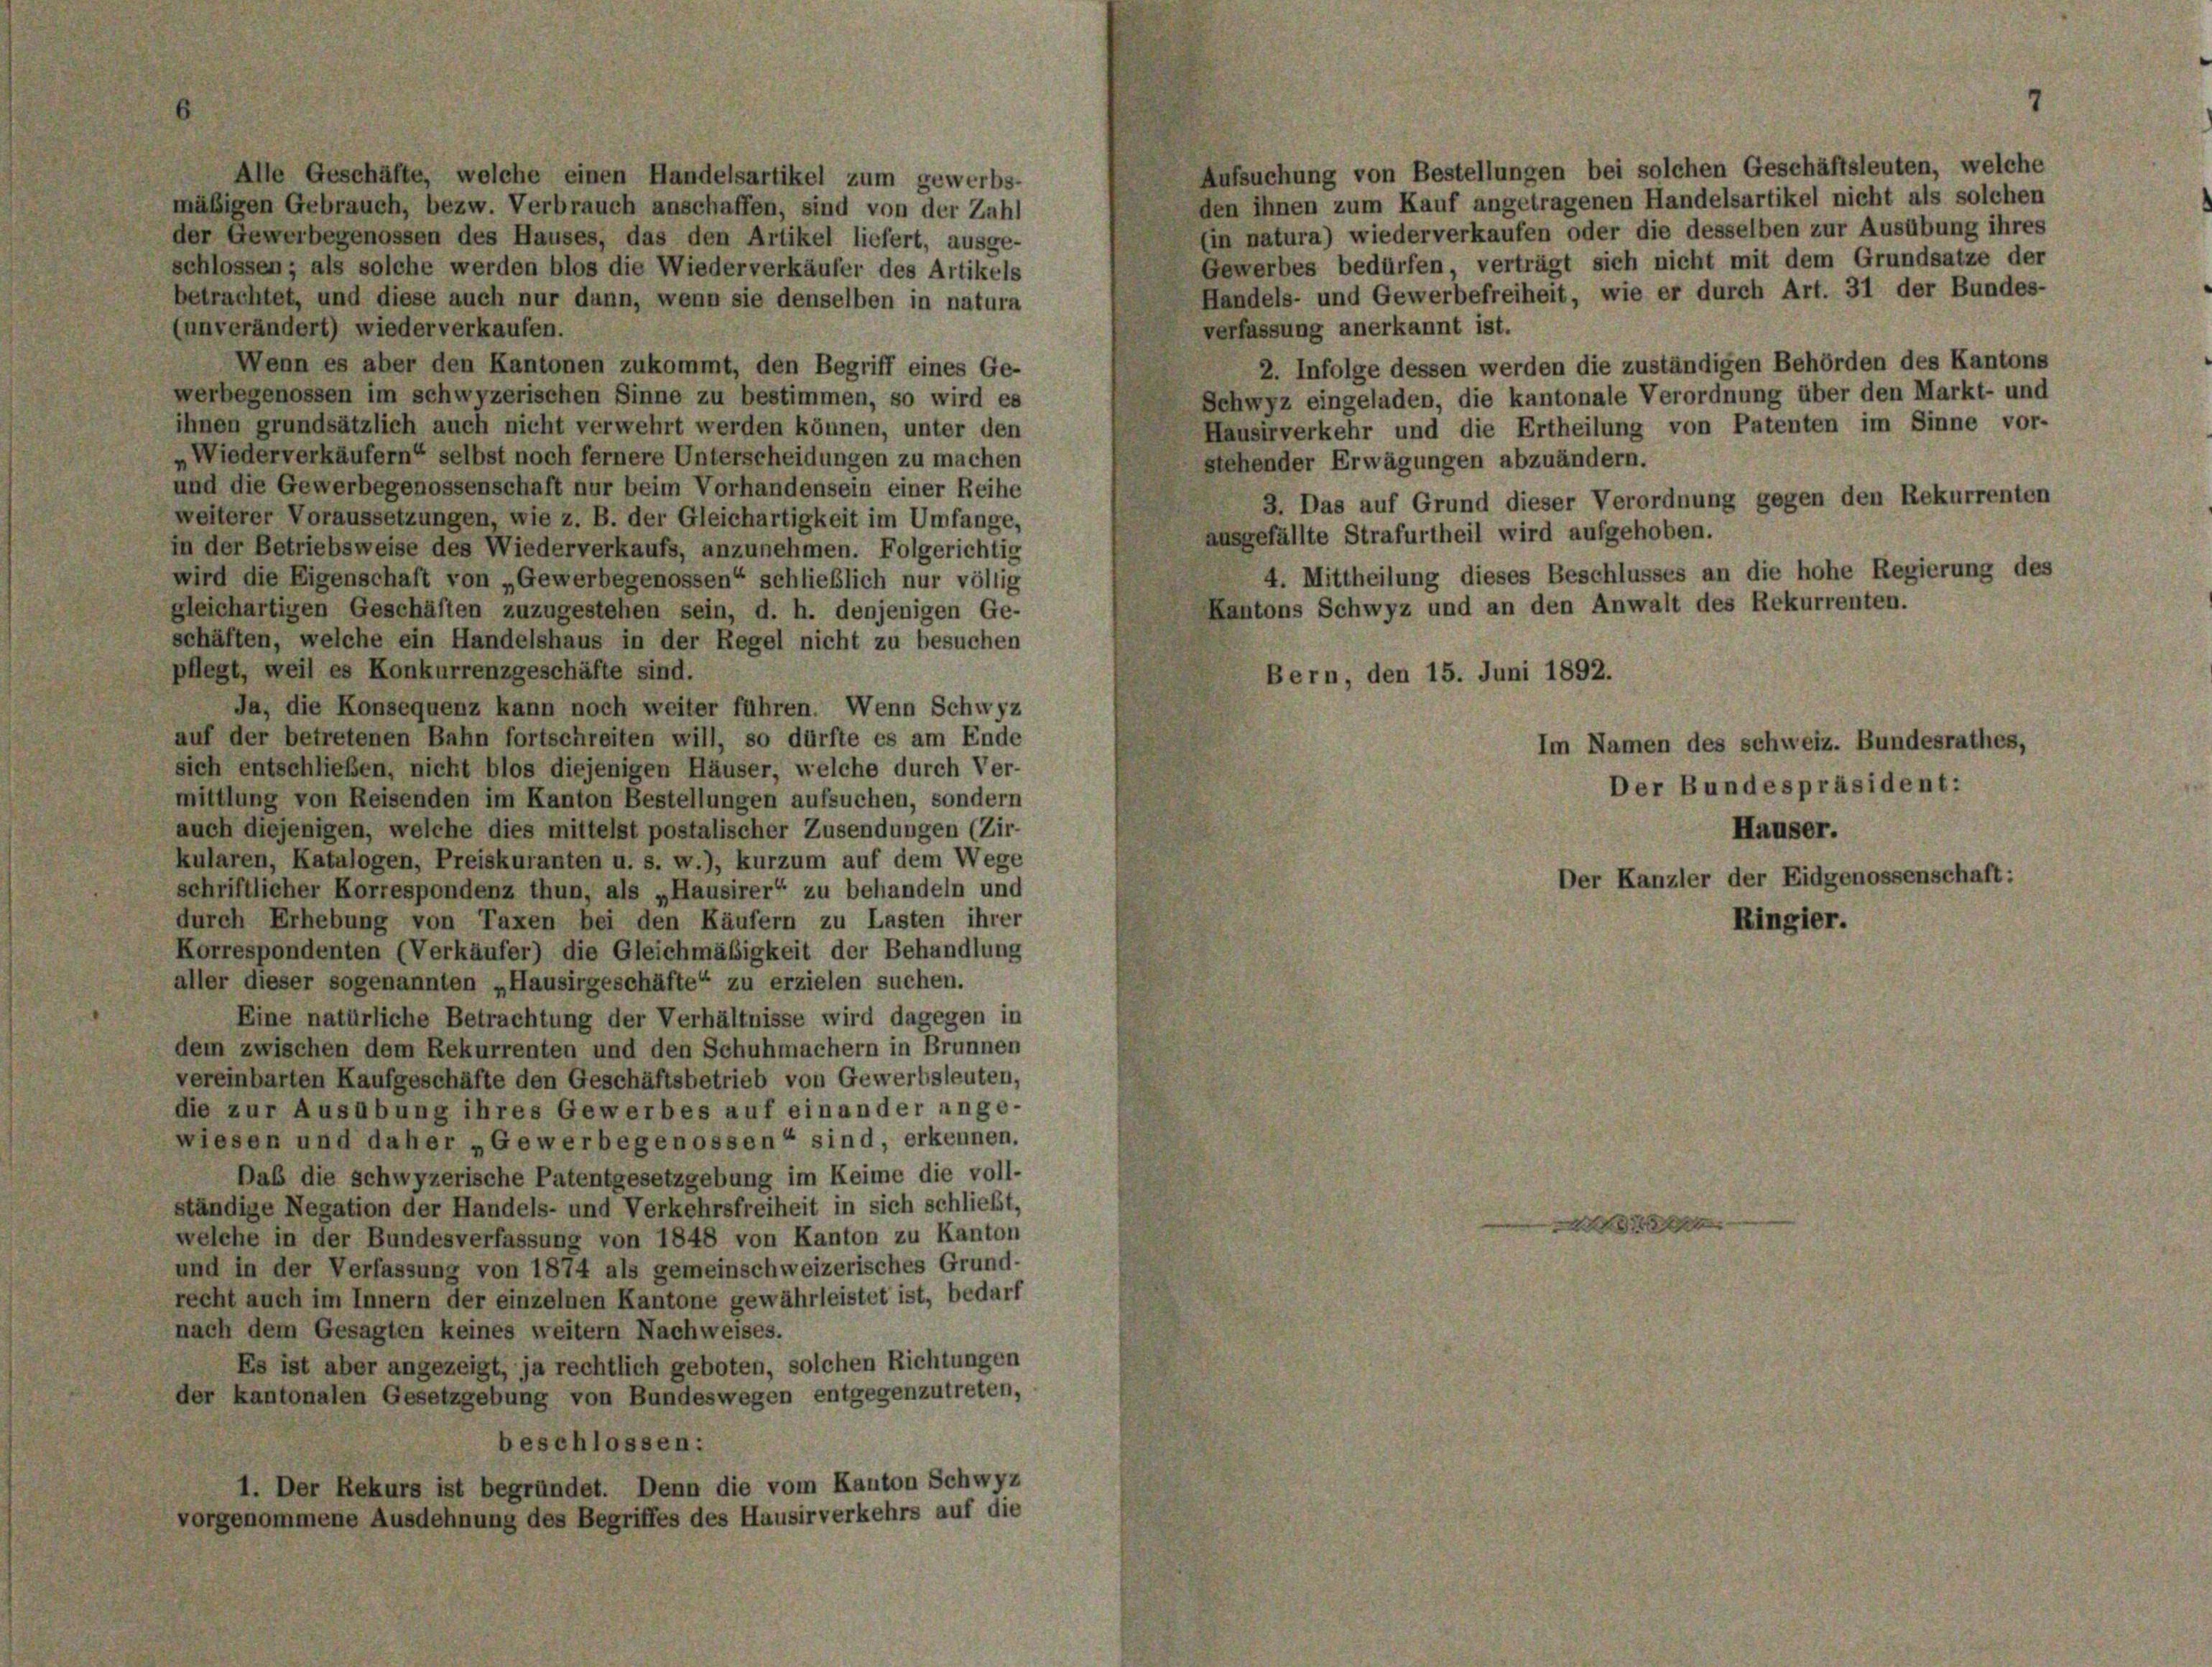
Aufsuchung von Bestellungen bei solchen Geschäftsleuten, welche
Alle Geschäfte, welche einen Handelsartikel zum gewerbs-
den ihnen zum Kauf angetragenen Handelsartikel nicht als solchen
mäßigen Gebrauch, bezw. Verbrauch anschaffen, sind von der Zahl
(in natura) wiederverkaufen oder die desselben zur Ausübung ihres
der Gewerbegenossen des Hauses, das den Artikel liefert, ausge-
Gewerbes bedürfen, verträgt sich nicht mit dem Grundsätze der
schlossen; als solche werden blos die Wiederverkäufer des Artikels
Handels- und Gewerbefreiheit, wie er durch Art. 31 der Bundes-
betrachtet, und diese auch nur dann, wenn sie denselben in natura
(unverändert) wieder verkaufen.
verfassung anerkannt ist.
Wenn es aber den Kantonen zukommt, den Begriff eines Ge-
2. Infolge dessen werden die zuständigen Behörden des Kantons
werbegenossen im schwyzerischen Sinne zu bestimmen, so wird es
Schwyz eingeladen, die kantonale Verordnung über den Markt- und
ihnen grundsätzlich auch nicht verwehrt werden können, unter den
Hausirverkehr und die Ertheilung von Patenten im Sinne vor-
Wiederverkäufern“ selbst noch fernere Unterscheidungen zu machen
stehender Erwägungen abzuändern.
und die Gewerbegenossenschaft nur beim Vorhandensein einer Reihe
3. Das auf Grund dieser Verordnung gegen den Rekurrenten
weiterer Voraussetzungen, wie z. B. der Gleichartigkeit im Umfange,
ausgefällte Strafurtheil wird aufgehoben.
in der Betriebsweise des Wiederverkaufs, anzunehmen. Folgerichtig
4. Mittheilung dieses Beschlusses an die hohe Regierung des
wird die Eigenschaft von „Gewerbegenossen“ schließlich nur völlig
Kantons Schwyz und an den Anwalt des Rekurrenten.
gleichartigen Geschäften zuzugestehen sein, d. h. denjenigen Ge-
schäften, welche ein Handelshaus in der Regel nicht zu besuchen
pflegt, weil es Konkurrenzgeschäfte sind.
Bern, den 15. Juni 1892.
Ja, die Konsequenz kann noch weiter führen. Wenn Schwyz
auf der betretenen Bahn fortschreiten will, so dürfte es am Ende
Im Namen des schweiz. Bundesrathes,
sich entschließen, nicht blos diejenigen Häuser, welche durch Ver-
mittlung von Reisenden im Kanton Bestellungen aufsuchen, sondern
auch diejenigen, welche dies mittelst postalischer Zusendungen (Zir-
kularen, Katalogen, Preiskuranten u. s. w.), kurzum auf dem Wege
schriftlicher Korrespondenz thun, als „Hausirer“ zu behandeln und
durch Erhebung von Taxen bei den Käufern zu Lasten ihrer
Korrespondenten (Verkäufer) die Gleichmäßigkeit der Behandlung
aller dieser sogenannten „Hausirgeschäfte“ zu erzielen suchen.
Eine natürliche Betrachtung der Verhältnisse wird dagegen in
dem zwischen dem Rekurrenten und den Schuhmachern in Brunnen
vereinbarten Kaufgeschäfte den Geschäftsbetrieb von Gewerbsleuten,
die zur Ausübung ihres Gewerbes auf einander ange-
wiesen und daher „Gewerbegenossen“ sind, erkennen.
Daß die schwyzerische Patentgesetzgebung im Keime die voll-
ständige Negation der Handels- und Verkehrsfreiheit in sich schließt,
welche in der Bundesverfassung von 1848 von Kanton zu Kanton
und in der Verfassung von 1874 als gemeinschweizerisches Grund-
recht auch im Innern der einzelnen Kantone gewährleistet ist, bedarf
nach dem Gesagten keines weitern Nachweises.
Es ist aber angezeigt, ja rechtlich geboten, solchen Richtungen
der kantonalen Gesetzgebung von Bundeswegen entgegenzutreten,
beschlossen:
1. Der Rekurs ist begründet. Denn die vom Kanton Schwyz
vorgenommene Ausdehnung des Begriffes des Hausirverkehrs auf die

e

Der Bundespräsident:
Der Kanzler der Eidgenossenschaft: